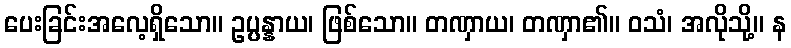
ပေးခြင်းအလေ့ရှိသော။ ဥပ္ပန္နာယ၊ ဖြစ်သော။ တဏှာယ၊ တဏှာ၏။ ဝသံ၊ အလိုသို့။ န